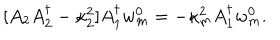
[ A _ { 2 } A _ { 2 } ^ { \dagger } - \kappa _ { 2 } ^ { 2 } ] A _ { 1 } ^ { \dagger } w _ { m } ^ { 0 } = - \kappa _ { m } ^ { 2 } A _ { 1 } ^ { \dagger } w _ { m } ^ { 0 } .